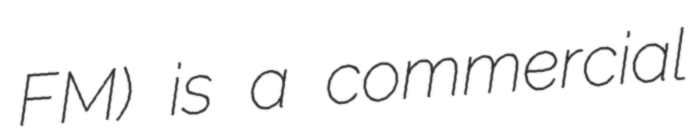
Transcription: FM) is a commercial